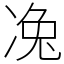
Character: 𠗟